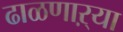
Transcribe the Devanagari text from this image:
ढाळणाऱ्या